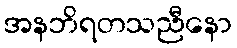
အနဘိရတသညီနော